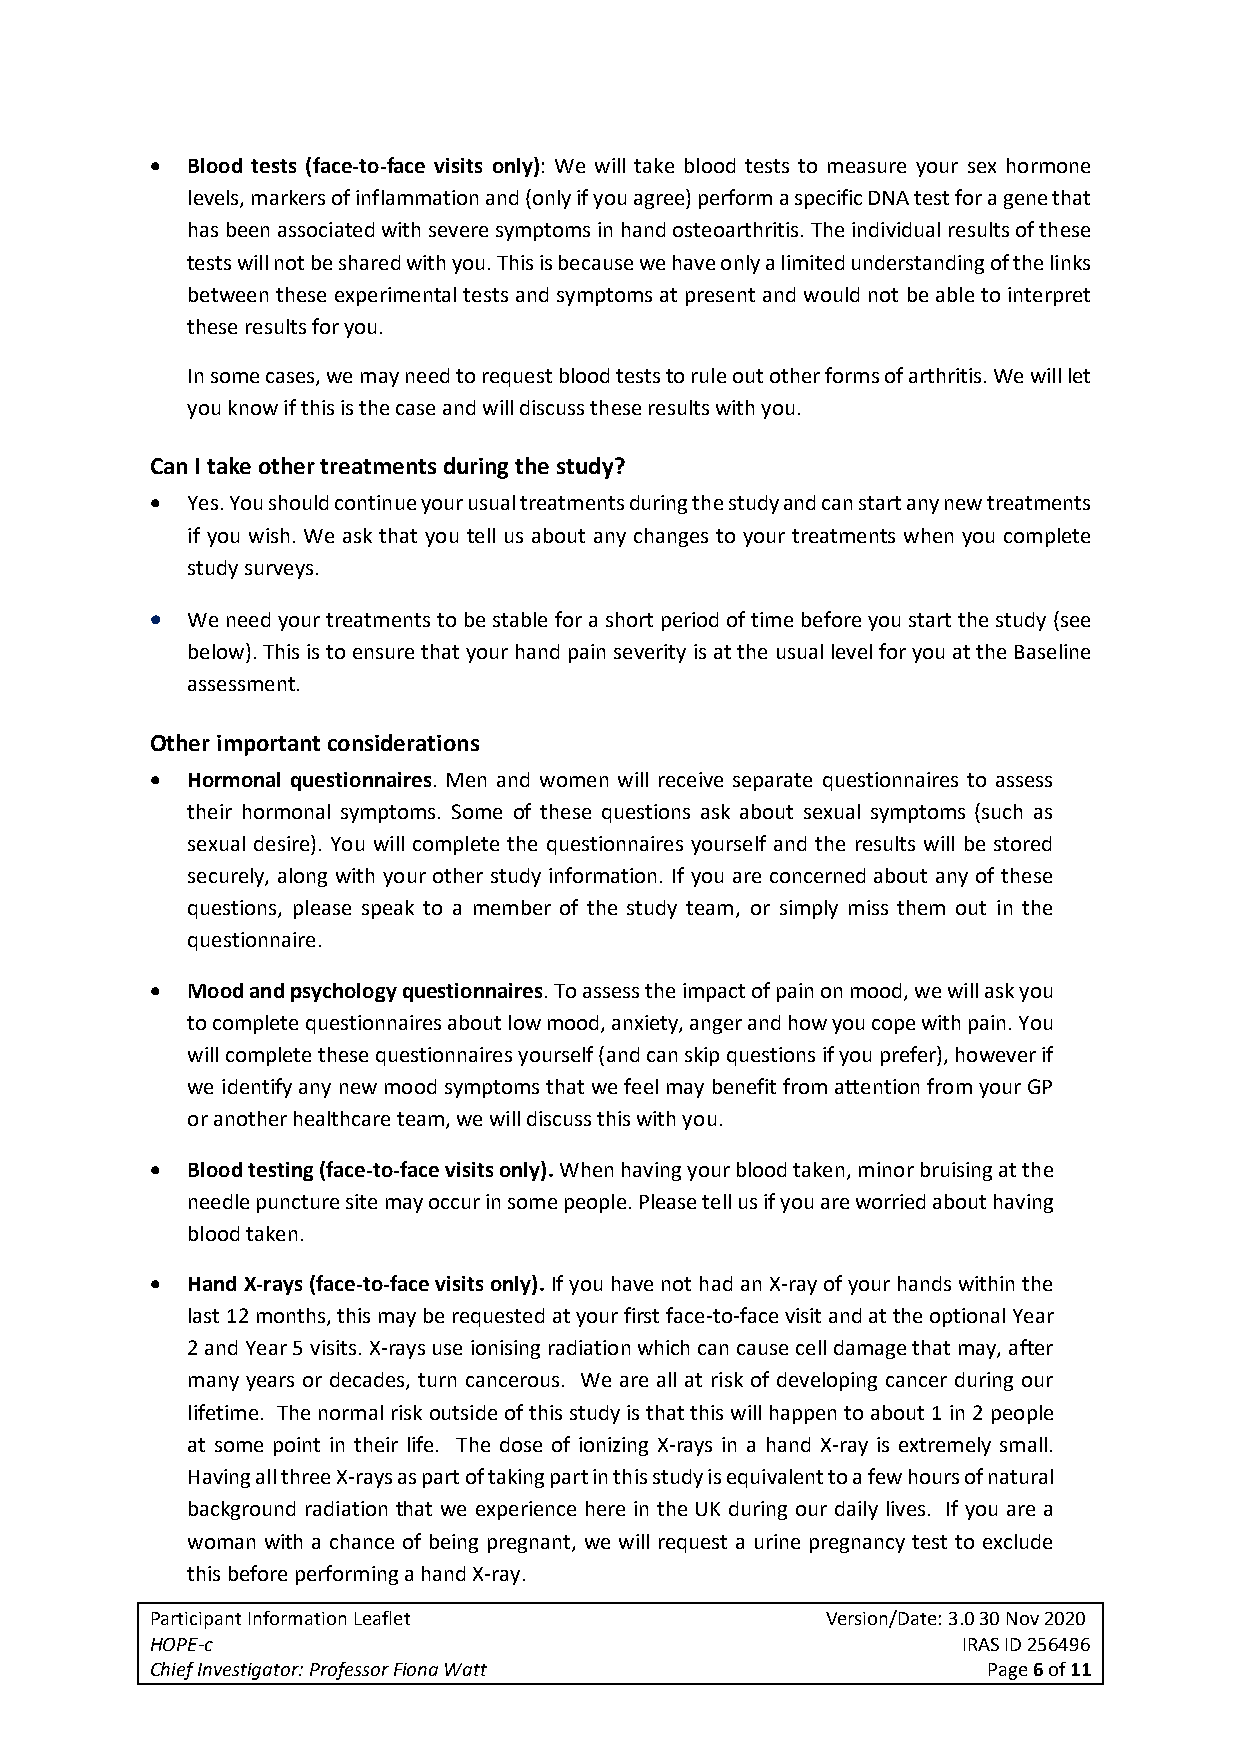
• Blood tests (face-to-face visits only): We will take blood tests to measure your sex hormone
 levels, markers of inflammation and (only if you agree) perform a specific DNA test for a gene that
 has been associated with severe symptoms in hand osteoarthritis. The individual results of these
 tests will not be shared with you. This is because we have only a limited understanding of the links
 between these experimental tests and symptoms at present and would not be able to interpret
 these results for you.
 In some cases, we may need to request blood tests to rule out other forms of arthritis. We will let
 you know if this is the case and will discuss these results with you.
 Can I take other treatments during the study?
 • Yes. You should continue your usual treatments during the study and can start any new treatments
 if you wish. We ask that you tell us about any changes to your treatments when you complete
 study surveys.
 • We need your treatments to be stable for a short period of time before you start the study (see
 below). This is to ensure that your hand pain severity is at the usual level for you at the Baseline
 assessment.
 Other important considerations
 • Hormonal questionnaires. Men and women will receive separate questionnaires to assess
 their hormonal symptoms. Some of these questions ask about sexual symptoms (such as
 sexual desire). You will complete the questionnaires yourself and the results will be stored
 securely, along with your other study information. If you are concerned about any of these
 questions, please speak to a member of the study team, or simply miss them out in the
 questionnaire.
 • Mood and psychology questionnaires. To assess the impact of pain on mood, we will ask you
 to complete questionnaires about low mood, anxiety, anger and how you cope with pain. You
 will complete these questionnaires yourself (and can skip questions if you prefer), however if
 we identify any new mood symptoms that we feel may benefit from attention from your GP
 or another healthcare team, we will discuss this with you.
 • Blood testing (face-to-face visits only). When having your blood taken, minor bruising at the
 needle puncture site may occur in some people. Please tell us if you are worried about having
 blood taken.
 • Hand X-rays (face-to-face visits only). If you have not had an X-ray of your hands within the
 last 12 months, this may be requested at your first face-to-face visit and at the optional Year
 2 and Year 5 visits. X-rays use ionising radiation which can cause cell damage that may, after
 many years or decades, turn cancerous. We are all at risk of developing cancer during our
 lifetime. The normal risk outside of this study is that this will happen to about 1 in 2 people
 at some point in their life. The dose of ionizing X-rays in a hand X-ray is extremely small.
 Having all three X-rays as part of taking part in this study is equivalent to a few hours of natural
 background radiation that we experience here in the UK during our daily lives. If you are a
 woman with a chance of being pregnant, we will request a urine pregnancy test to exclude
 this before performing a hand X-ray.
 Participant Information Leaflet              Version/Date: 3.0 30 Nov 2020
 HOPE-c                                                IRAS ID 256496
 Chief Investigator: Professor Fiona Watt               Page 6 of 11